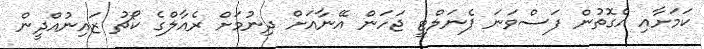
ކަމަށާއި އެގޮތުން ފަސްވަނަ ޕެނަލްޓީ ޖަހަން އޭނާއަށް ދިނުމަށް ރެއާލްގެ ކޯޗު ޒައިނުއްދީން